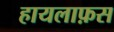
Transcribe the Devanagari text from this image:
हायलाफ़स